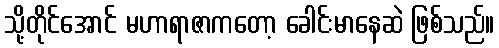
သို့တိုင်အောင် မဟာရာဇာကတော့ ခေါင်းမာနေဆဲ ဖြစ်သည်။